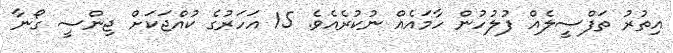
އިތުރު ތަފްސީލެއް ފުލުހުން ހާމައެއް ނުކުރެއެވެ. 15 އަހަރުގެ ކުއްޖަކަށް ޖިންސީ ގޯނާ